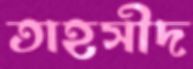
তাহসীদ